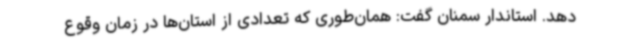
دهد. استاندار سمنان گفت: همان‌طوری که تعدادی از استان‌ها در زمان وقوع